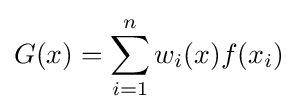
G(x)=\sum _{i=1}^{n}{w_{i}(x)f(x_{i})}